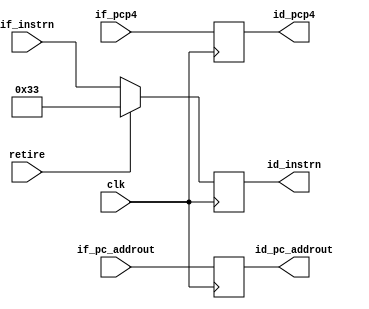
module if_id_reg(
	//clock
	clk,
	//instruction fetch
	if_instrn,
	if_pc_addrout,
	if_pcp4,
	//instruuction decode
	id_instrn,
	id_pc_addrout,
	id_pcp4,
	retire
);
//clock
input wire clk;
//output wires from if
input wire [31:0] if_instrn; // current instruction
input wire [31:0] if_pc_addrout;
input wire [31:0] if_pcp4;
//stall input wire
input wire retire;

//output registers to id 
output reg [31:0] id_instrn;
output reg [31:0] id_pc_addrout;
output reg [31:0] id_pcp4;
always @(posedge clk) begin
	if(retire) begin 
	id_instrn <= 32'h00000033; //nop add x0, x0, x0 
	end
       	else begin
	id_instrn <= if_instrn;
	end
	id_pc_addrout <= if_pc_addrout;
	id_pcp4 <= if_pcp4;
end


endmodule